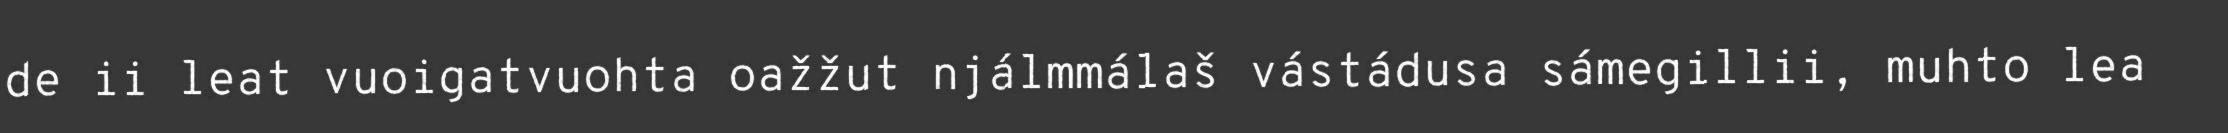
de ii leat vuoigatvuohta oažžut njálmmálaš vástádusa sámegillii, muhto lea